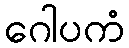
ဂေါပကံ